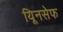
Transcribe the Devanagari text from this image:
यूिनसेफ